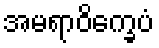
အမရာဝိက္ခေပံ